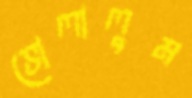
ভোলালুম